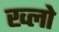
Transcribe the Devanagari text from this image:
ख्लो